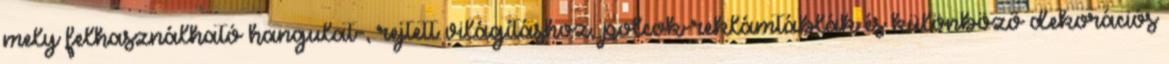
mely felhasználható hangulat-, rejtett világításhoz, polcok-reklámtáblák és különböző dekorációs